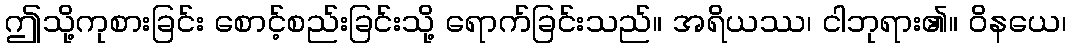
ဤသို့ကုစားခြင်း စောင့်စည်းခြင်းသို့ ရောက်ခြင်းသည်။ အရိယဿ၊ ငါဘုရား၏။ ဝိနယေ၊